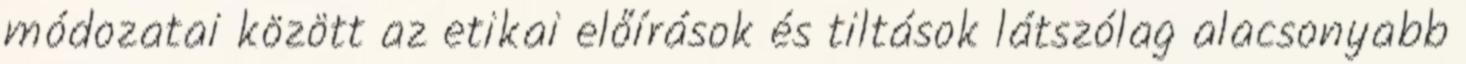
módozatai között az etikai előírások és tiltások látszólag alacsonyabb